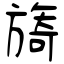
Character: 旖